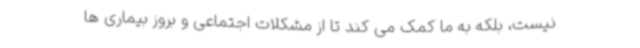
نیست، بلکه به ما کمک می کند تا از مشکلات اجتماعی و بروز بیماری ها